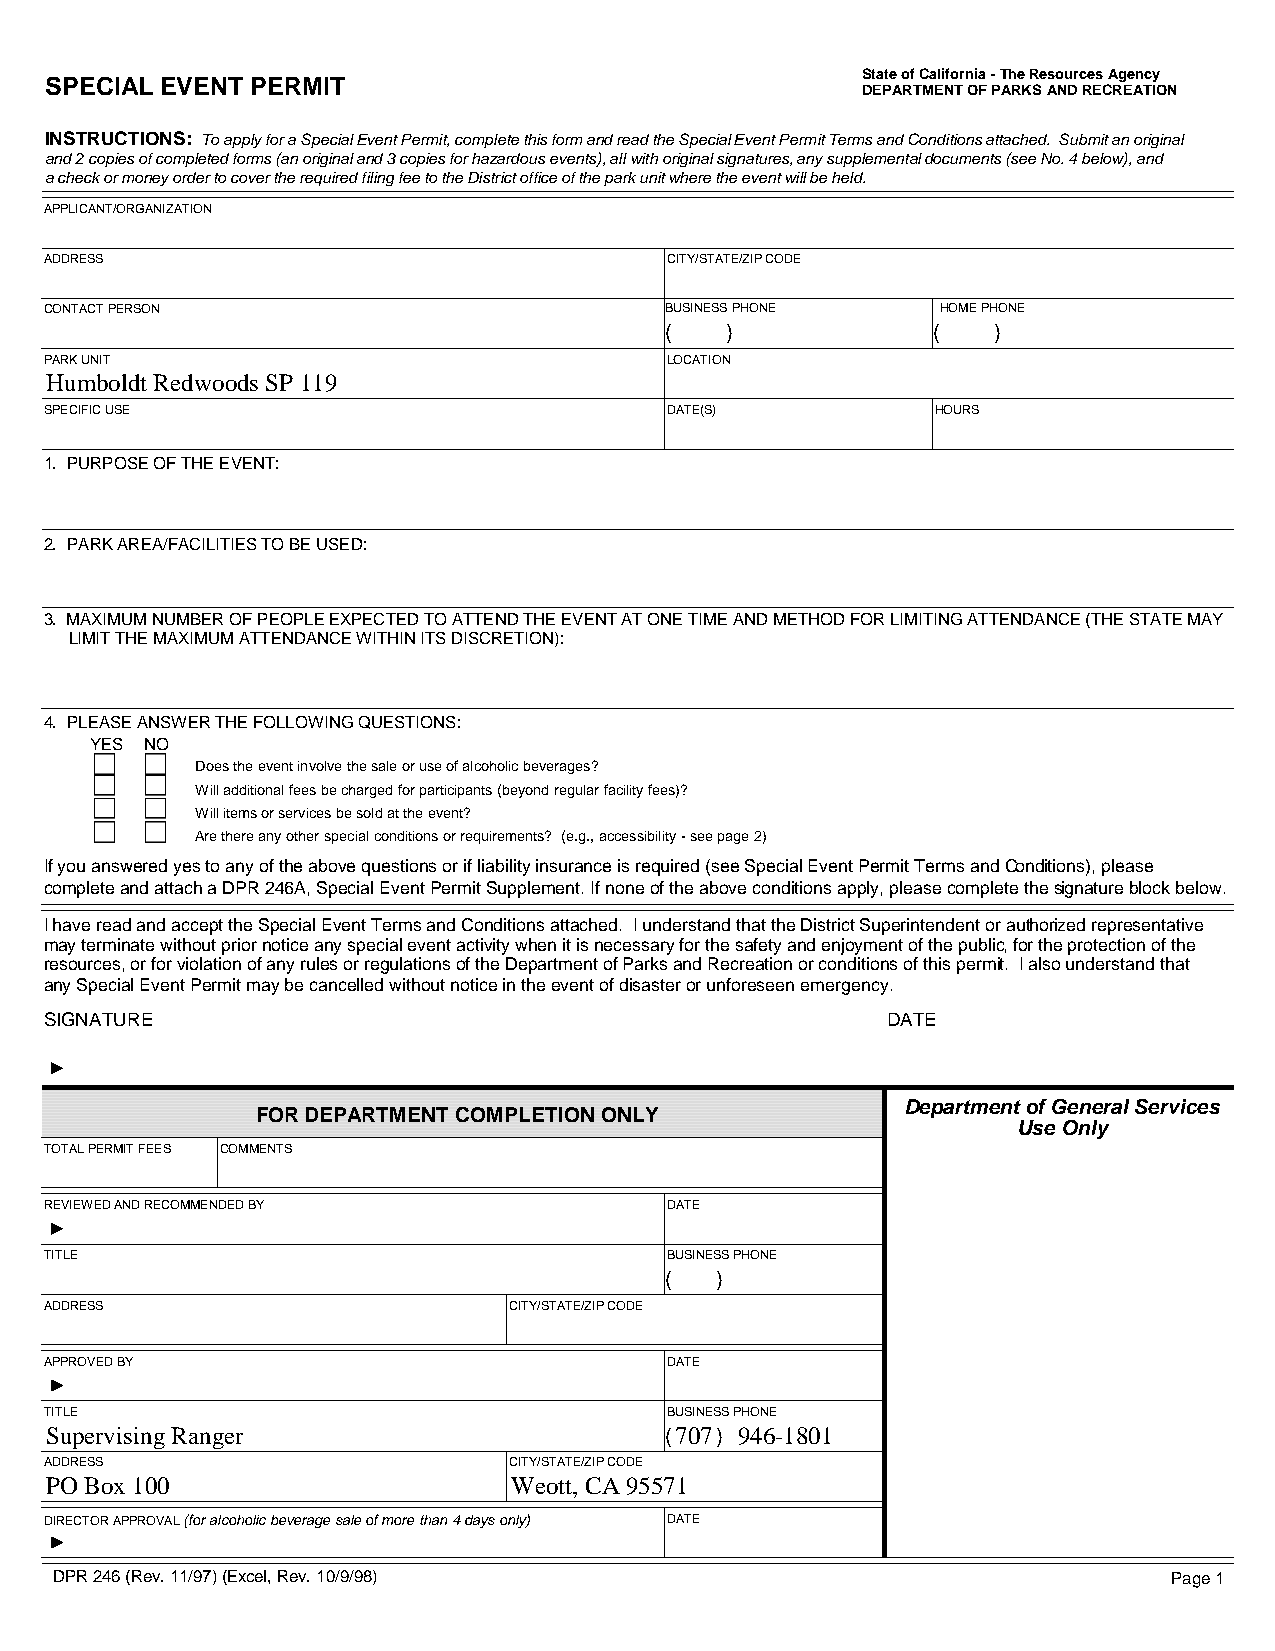
State of California - The Resources Agency
 SPECIAL EVENT PERMIT
 DEPARTMENT OF PARKS AND RECREATION
 INSTRUCTIONS: To apply for a Special Event Permit, complete this form and read the Special Event Permit Terms and Conditions attached. Submit an original
 and 2 copies of completed forms (an original and 3 copies for hazardous events), all with original signatures, any supplemental documents (see No. 4 below), and
 a check or money order to cover the required filing fee to the District office of the park unit where the event will be held.
 APPLICANT/ORGANIZATION
 ADDRESS                                  CITY/STATE/ZIP CODE
 CONTACT PERSON                           BUSINESS PHONE    HOME PHONE
 (   )             (   )
 PARK UNIT                                LOCATION
 Humboldt Redwoods SP 119
 SPECIFIC USE                             DATE(S)           HOURS
 1. PURPOSE OF THE EVENT:
 2. PARK AREA/FACILITIES TO BE USED:
 3. MAXIMUM NUMBER OF PEOPLE EXPECTED TO ATTEND THE EVENT AT ONE TIME AND METHOD FOR LIMITING ATTENDANCE (THE STATE MAY
 LIMIT THE MAXIMUM ATTENDANCE WITHIN ITS DISCRETION):
 4. PLEASE ANSWER THE FOLLOWING QUESTIONS:
 YES NO
 Does the event involve the sale or use of alcoholic beverages?
 Will additional fees be charged for participants (beyond regular facility fees)?
 Will items or services be sold at the event?
 Are there any other special conditions or requirements? (e.g., accessibility - see page 2)
 If you answered yes to any of the above questions or if liability insurance is required (see Special Event Permit Terms and Conditions), please
 complete and attach a DPR 246A, Special Event Permit Supplement. If none of the above conditions apply, please complete the signature block below.
 I have read and accept the Special Event Terms and Conditions attached. I understand that the District Superintendent or authorized representative
 may terminate without prior notice any special event activity when it is necessary for the safety and enjoyment of the public, for the protection of the
 resources, or for violation of any rules or regulations of the Department of Parks and Recreation or conditions of this permit. I also understand that
 any Special Event Permit may be cancelled without notice in the event of disaster or unforeseen emergency.
 SIGNATURE                                               DATE
 Department of General Services
 FOR DEPARTMENT COMPLETION ONLY
 Use Only
 TOTAL PERMIT FEES COMMENTS
 REVIEWED AND RECOMMENDED BY              DATE
 TITLE                                    BUSINESS PHONE
 (  )
 ADDRESS                        CITY/STATE/ZIP CODE
 APPROVED BY                              DATE
 TITLE                                    BUSINESS PHONE
 Supervising Ranger                       ( 707 ) 946-1801
 ADDRESS                        CITY/STATE/ZIP CODE
 PO Box 100                     Weott, CA 95571
 DIRECTOR APPROVAL (for alcoholic beverage sale of more than 4 days only) DATE
 DPR 246 (Rev. 11/97) (Excel, Rev. 10/9/98)                                Page 1